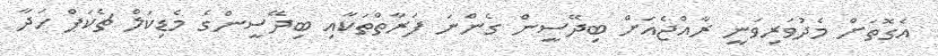
އެގޮތަށް މެދުވަރިވަނީ ރާއްޖެއަށް ބިދޭސީން ގެންނަ ފަރާތްތަކާއި ބިދޭސީންގެ މެޑިކަލް ޗެކަޕް ހަދާ